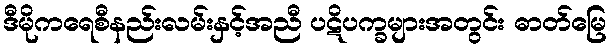
ဒီမိုကရေစီနည်းလမ်းနှင့်အညီ ပဋိပက္ခများအတွင်း ဓာတ်မြေ